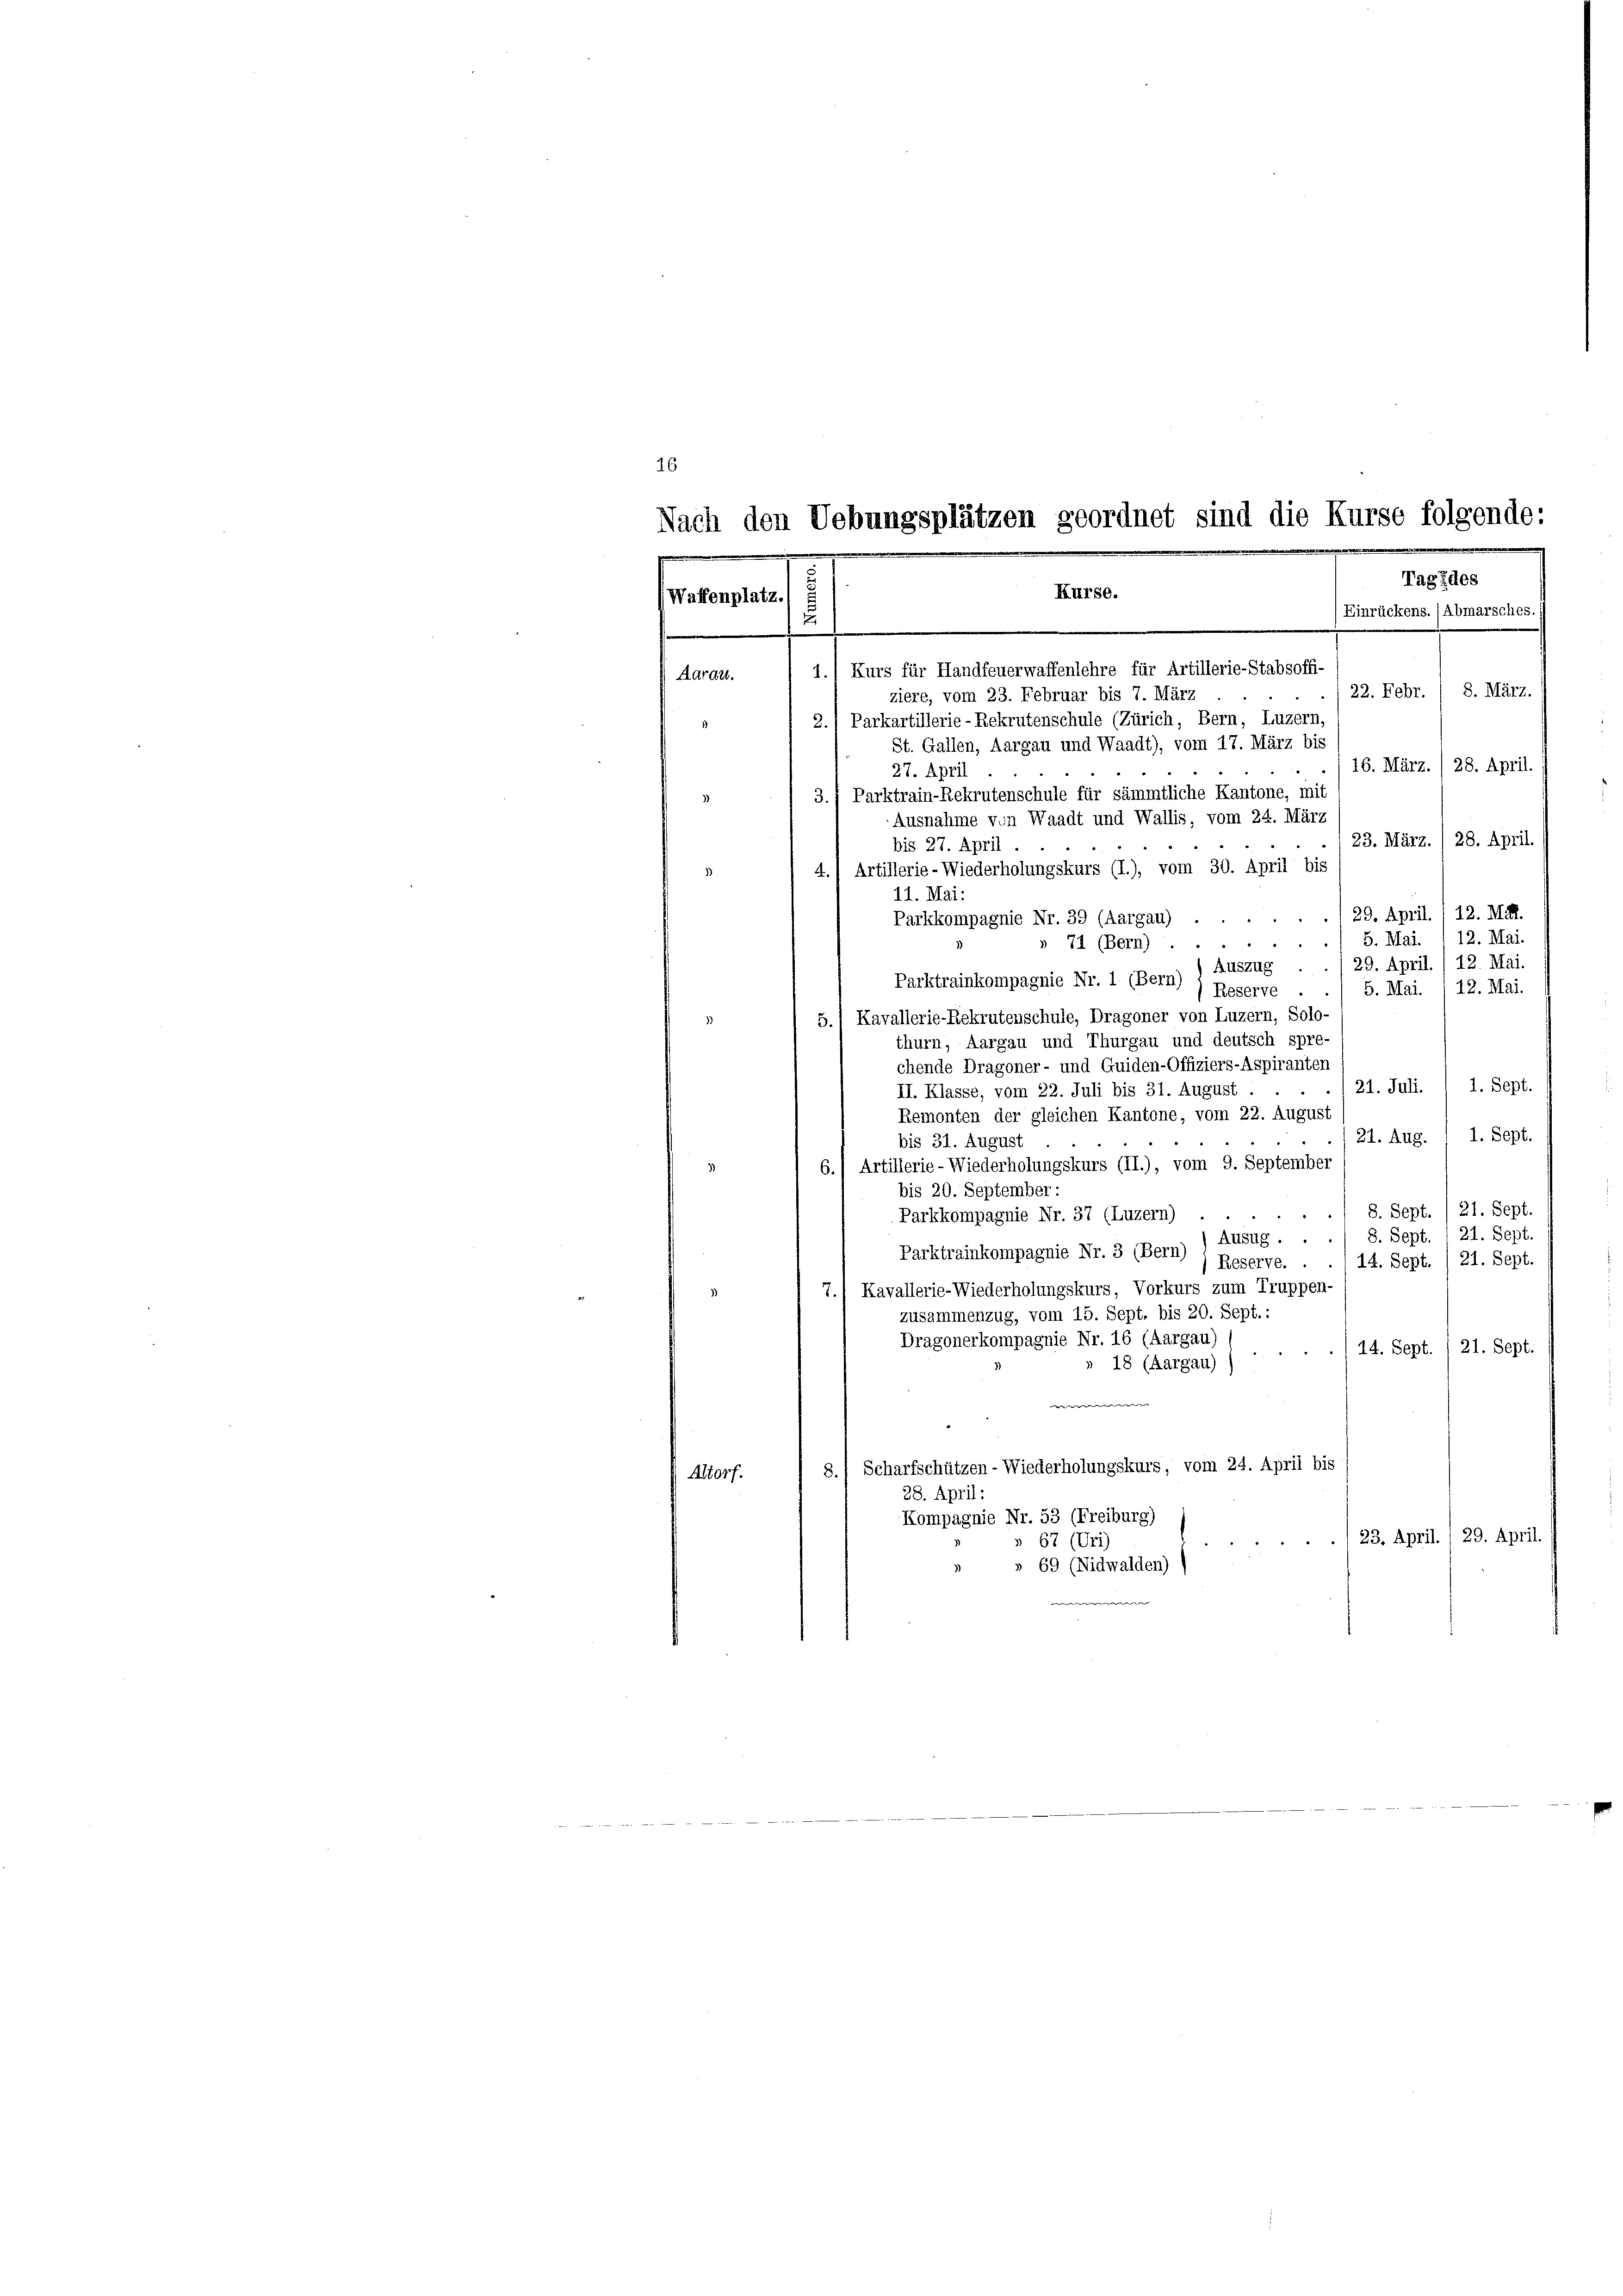
16

22. Febr. / 8. März.
ziere, vom 23. Februar bis 7. März
2.1 Parkartillerie-Rekrutenschule (Zürich, Bern, Luzern,
St. Gallen, Aargau und Waadt), vom 17. März bis
16. März. / 28. April. i
27. April
3.) Parktrain-Rekrutenschule für sämmtliche Kantone, mit
Ausnahme von Waadt und Wallis, vom 24. März
23. März.
28. April.
bis 27. April.
4.) Artillerie-Wiederholungskurs (I.), vom 30. April bis
11. Mai:
29. April. / 12. Mit.
Parkkompagnie Nr. 39 (Aargau) .
./ 5. Mai. 1 12. Mai.
» 71 (Bern) .
Auszug . . 1 29. April. / 12. Mai.
Parktrainkompagnie Nr. 1 (Bern)
12. Mai.
5. Mai.
(Reserve
Kavallerie-Rekrutenschule, Dragoner von Luzern, Solo-
.
thurn, Aargau und Thurgau und deutsch spre-
chende Dragoner- und Guiden-Offiziers-Aspiranten
21. Juli. I 1. Sept.
II. Klasse, vom 22. Juli bis 31. August.
Remonten der gleichen Kantone, vom 22. August
1. Sept.
21. Aug.
bis 31. August
6.) Artillerie-Wiederholungskurs (II.), vom 9. September
bis 20. September:
21. Sept.
S. Sept.
Parkkompagnie Nr. 37 (Luzern) ...
21. Sept.
8. Sept.
Ausug ..
Parktrainkompagnie Nr. 3 (Bern) ) Reserve.
14. Sept./21. Sept.
7.) Kavallerie-Wiederholungskurs, Vorkurs zum Truppen-
zusammenzug, vom 15. Sept. bis 20. Sept.:
Dragonerkompagnie Nr. 16 (Aargau
14. Sept. 1 21. Sept.
18 (Aargau)
w
8.) Scharfschützen - Wiederholungskurs, vom 24. April bis
(Altorf.
28. April:
Kompagnie Nr. 53 (Freiburg)
23. April. / 29. April.
» 67 (Uri)
» 69 (Nidwalden)

Nach den Uebungsplätzen geordnet sind die Kurse folgende:
.

.
Tag des
Kurse.
Waffenplatz.
(Einrückens. (Abmarsches. 1
12
1.) Kurs für Handfeuerwaffenlehre für Artillerie-Stabsoffi-
Adratt.